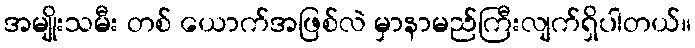
အမျိုးသမီး တစ် ယောက်အဖြစ်လဲ မှာနာမည်ကြီးလျက်ရှိပါတယ်။